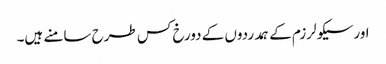
اورسیکولرزم کے ہمدردوں کے دورخ کس طرح سامنے ہیں۔